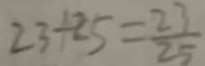
2 3 \div 2 5 = \frac { 2 3 } { 2 5 }